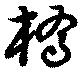
槗